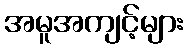
အမူအကျင့်များ